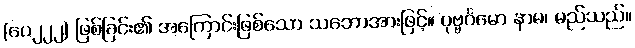
(ပေ၂၂၂) ဖြစ်ခြင်း၏ အကြောင်းဖြစ်သော သဘောအားဖြင့်။ ပုဗ္ဗင်္ဂမော နာမ၊ မည်သည်။